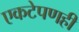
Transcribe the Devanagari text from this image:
एकटेपणही